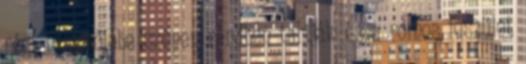
régi temetőjébe szépen rendben tartják és a romos feszület